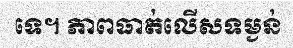
ទេ។ ភាពធាត់លើសទម្ងន់